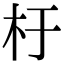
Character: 杅